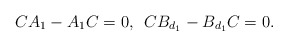
\begin{align*}CA_{1}-A_{1}C=0,\,\,\, CB_{d_{1}}-B_{d_{1}}C=0.\end{align*}